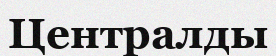
Централды